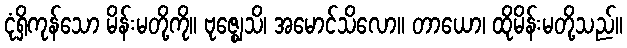
ငုံရှိကုန်သော မိန်းမတို့ကို။ ဗုဇ္ဈေသိ၊ အမောင်သိလော။ တာယော၊ ထိုမိန်းမတို့သည်။